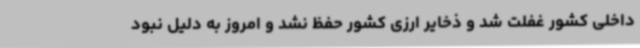
داخلی کشور غفلت شد و ذخایر ارزی کشور حفظ نشد و امروز به دلیل نبود